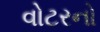
વોટરનો